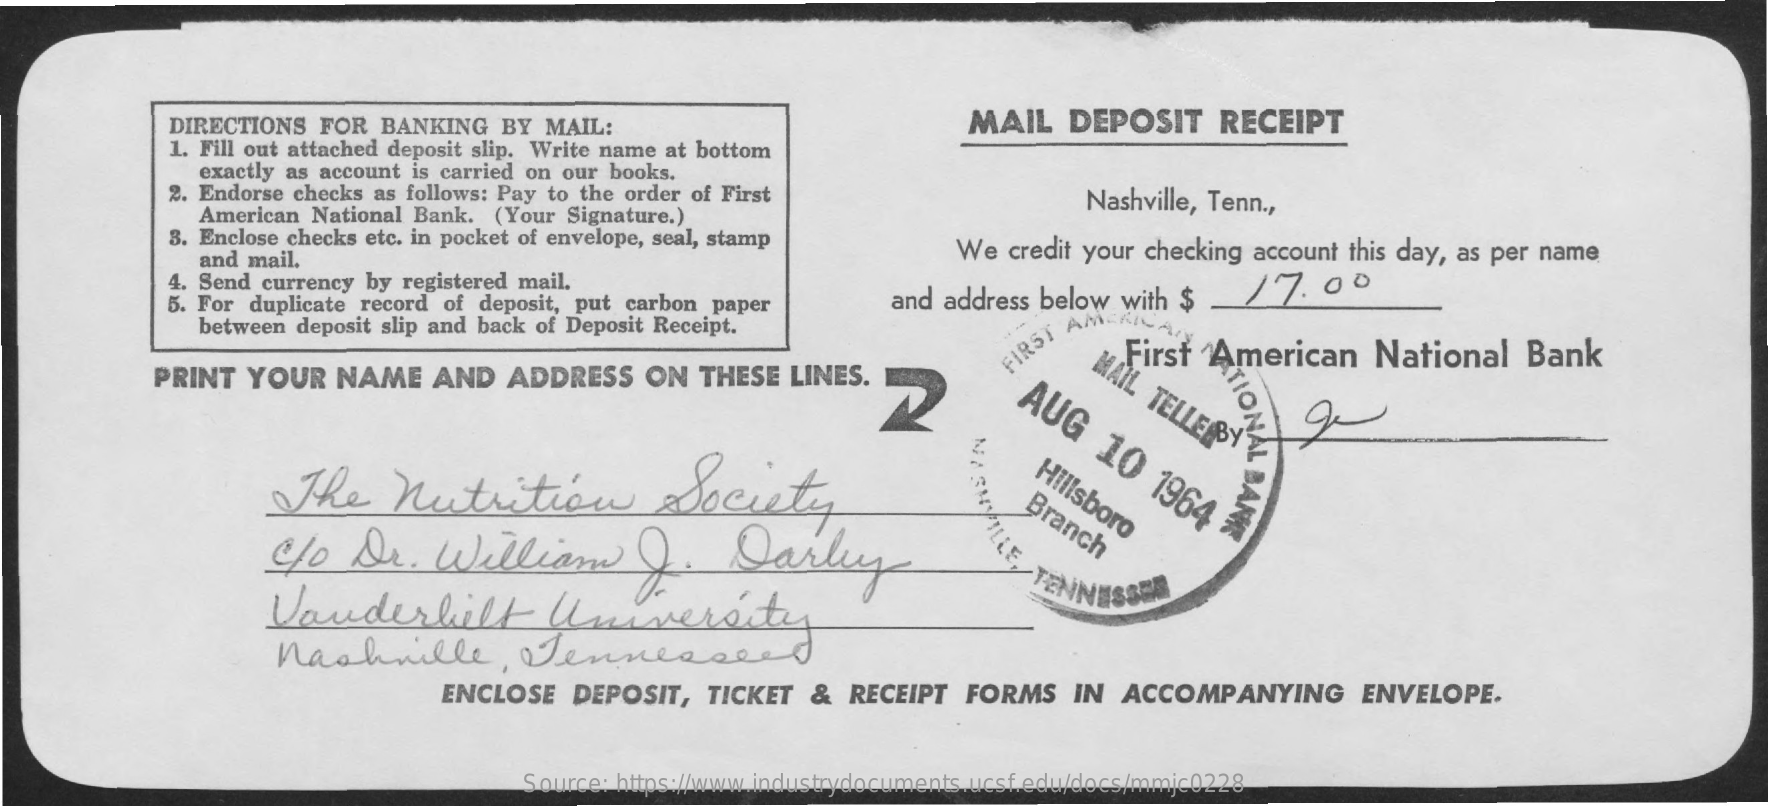
DIRECTIONS FOR BANKING BY MAIL:    MAIL  DEPOSIT RECEIPT
     1. Fill out attached deposit slip. Write name at bottom
     exactly as account is carried on our books.
     2. Endorse checks as follows: Pay to the order of First
     American National Bank. (Your Signature.)
     Nashville, Tenn .,
     3. Enclose checks etc. in pocket of envelope, seal, stamp
     and mail.    We credit your checking account this day, as per name
     4. Send currency by registered mail.
     5. For duplicate record of deposit, put carbon paper and address below with $ /7. 00
     between deposit slip and back of Deposit Receipt.
     FIRST
     AMERICA,
     First American National Bank
     MAIL
     TELLE
     BY
     TIONAL
     BANK
     PRINT YOUR NAME AND ADDRESS ON THESE LINES.
     AUG
     10
     1964
     37 NASHVILLE, The Nutrition Society Hillsboro Branch
     C/o Dr.  William    Q.   Darley
     Vanderbilt    University
     TENNES
     Nashville,    Tennessee
     ENCLOSE DEPOSIT, TICKET & RECEIPT FORMS IN ACCOMPANYING ENVELOPE.
     Source: https://www.industrydocuments.ucsf.edu/docs/mmjc0228